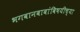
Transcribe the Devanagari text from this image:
भगवानबाबांविषयीच्या